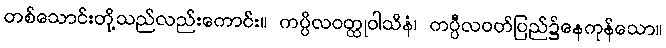
တစ်သောင်းတို့သည်လည်းကောင်း။ ကပ္ပိလဝတ္ထုဝါသိနံ၊ ကပ္ပီလဝတ်ပြည်၌နေကုန်သော။